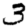
Digit: 3